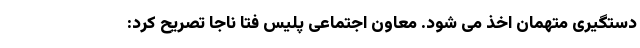
دستگیری متهمان اخذ می شود. معاون اجتماعی پلیس فتا ناجا تصریح کرد: